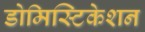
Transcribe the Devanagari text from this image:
डोमिस्टिकेशन